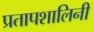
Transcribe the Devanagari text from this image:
प्रतापशालिनी